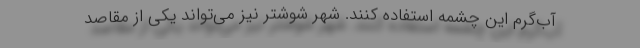
آب‌گرم این چشمه استفاده کنند. شهر شوشتر نیز می‌تواند یکی از مقاصد